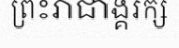
ព្រះរាជាង្គរក្ស